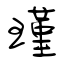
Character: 瑾